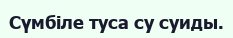
Сүмбіле туса су суиды.